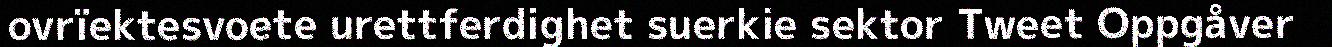
ovrïektesvoete urettferdighet suerkie sektor Tweet Oppgåver